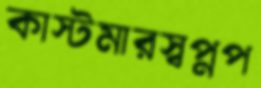
কাস্টমারস্বপ্নপ